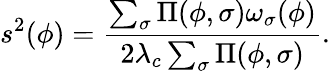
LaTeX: s^{2}(\phi)=\frac{\sum_{\sigma}\Pi(\phi,\sigma)\omega_{\sigma}(\phi)}{2\lambda_{c}\sum_{\sigma}\Pi(\phi,\sigma)}.